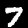
Digit: 7